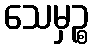
သေမှဉ္စ